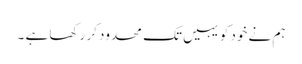
ہم نے خود کو یہیں تک محدود کر رکھا ہے ۔